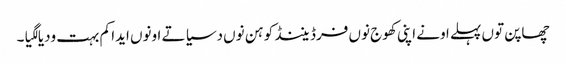
چھاپن توں پہلے اونے اپنی کھوج نوں فرڈیننڈ کوہن نوں دسیا تے اونوں ایدا کم بہت ودیا لگیا۔